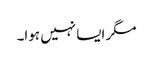
مگر ایسا نہیں ہوا۔